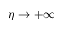
\eta \to + \infty